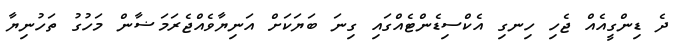
ދެ ޑިންގީއެއް ޖެހި ހިނގި އެކްސިޑެންޓެއްގައި ގިނަ ބަޔަކަށް އަނިޔާވެއްޖެރަމަޟާން މަހުގު ތަހުނިޔާ